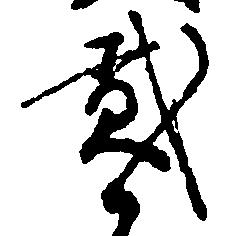
弐